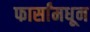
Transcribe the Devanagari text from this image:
फार्सांमधून